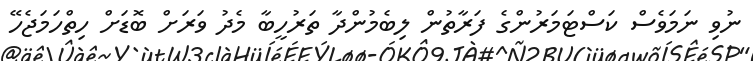
ނުވި ނަމަވެސް ކަސްޓަމަރުންގެ ފަރާތުން ލިބެމުންދާ ތަރުހީބާ މެދު ވަރަށް ބޮޑަށް ހިތްހަމަޖެހޭ